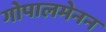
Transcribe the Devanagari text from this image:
गोपालमेनन